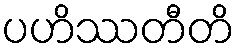
ပဟိဿတီတိ